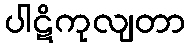
ပါဋိကုလျတာ